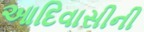
આદિવાસીની